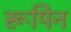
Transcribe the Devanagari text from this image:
रूपिन